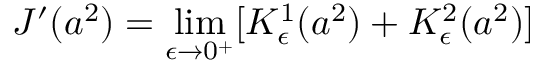
J ^ { \prime } ( a ^ { 2 } ) = \operatorname * { l i m } _ { \epsilon \to 0 ^ { + } } [ K _ { \epsilon } ^ { 1 } ( a ^ { 2 } ) + K _ { \epsilon } ^ { 2 } ( a ^ { 2 } ) ]